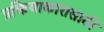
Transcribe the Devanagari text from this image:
प्रक्रियाकारासाठी